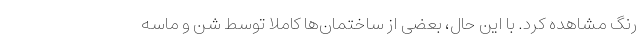
رنگ مشاهده کرد. با این حال، بعضی از ساختمان‌ها کاملاً توسط شن و ماسه